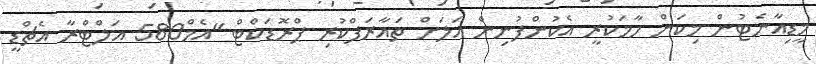
މީޑިއާނެޓުން މިކަން ހާމަކުރީ އެކުންފުނިން އަލަށް ތައާރަފްކުރި ޕްރޮޑަކްޓް "އެމް580 އަލްޓްރާ އެޗްޑީ